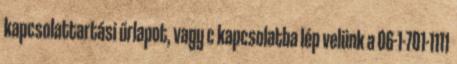
kapcsolattartási űrlapot, vagy c kapcsolatba lép velünk a 06-1-701-1111